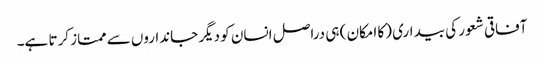
آفاقی شعور کی بیداری (کا امکان ) ہی دراصل انسان کو دیگر جانداروں سے ممتاز کرتا ہے۔